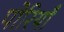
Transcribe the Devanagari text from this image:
पोरियाँ